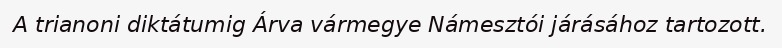
A trianoni diktátumig Árva vármegye Námesztói járásához tartozott.